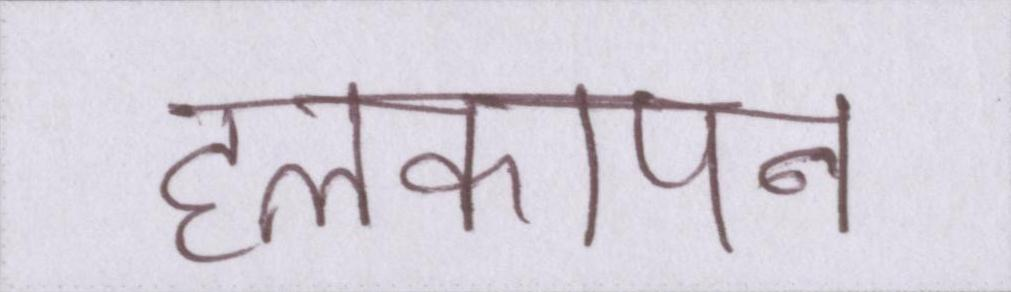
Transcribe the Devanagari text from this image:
हलकापन